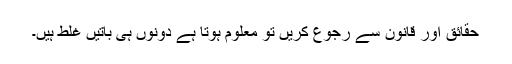
حقائق اور قانون سے رجوع کریں تو معلوم ہوتا ہے دونوں ہی باتیں غلط ہیں۔